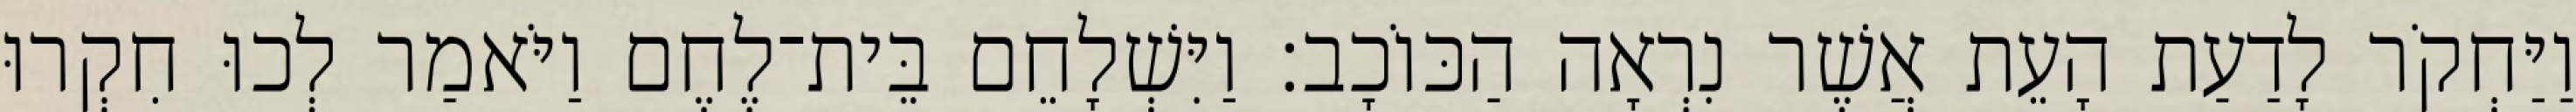
וַיַּחְקֹר לָדַעַת הָעֵת אֲשֶׁר נִרְאָה הַכּוֹכָב׃ וַיִּשְׁלָחֵם בֵּית־לֶחֶם וַיֹּאמַר לְכוּ חִקְרוּ